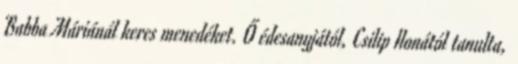
Babba Máriánál keres menedéket. Ő édesanyjától, Csilip Ilonától tanulta,